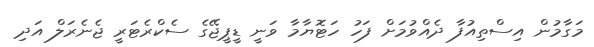
މަގާމުން އިސްތިއުފާ ދެއްވުމަށް ފަހު ހަޓޮޔާމާ ވަނީ ޑީޕީޖޭގެ ސެކްރެޓަރީ ޖެނެރަލް އަދި